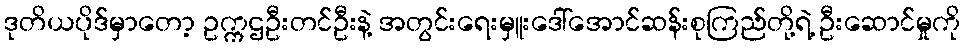
ဒုတိယပိုဒ်မှာတော့ ဥက္ကဌဦးတင်ဦးနဲ့ အတွင်းရေးမှူးဒေါ်အောင်ဆန်းစုကြည်တို့ရဲ့ ဦးဆောင်မှုကို